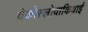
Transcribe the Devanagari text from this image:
चेकोस्लोवाकियाई